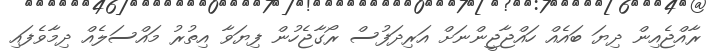
ރާއްޖެއިން ދިޔަ ބައެއް ހައްޖާޖީންނަށް އަރިދަފުސް ރޯގާޖެހުން ފިޔަވާ އިތުރު މައްސަލެއް ދިމާވެފައި